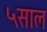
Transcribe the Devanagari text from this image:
५साल